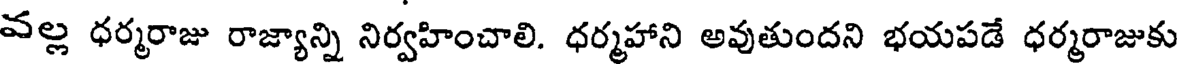
వల్ల ధర్మరాజు రాజ్యాన్ని నిర్వహించాలి. ధర్మహాని అవుతుందని భయపడే ధర్మరాజుకు